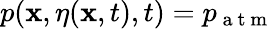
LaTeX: p(\mathbf{x},\eta(\mathbf{x},t),t)=p_{\mathrm{~a~t~m~}}